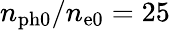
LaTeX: n_{\mathrm{ph0}}/n_{\mathrm{e0}}=25